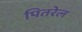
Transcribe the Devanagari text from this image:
पितरेल